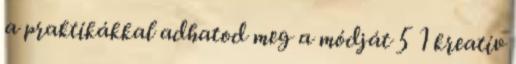
a praktikákkal adhatod meg a módját 5 1 kreatív